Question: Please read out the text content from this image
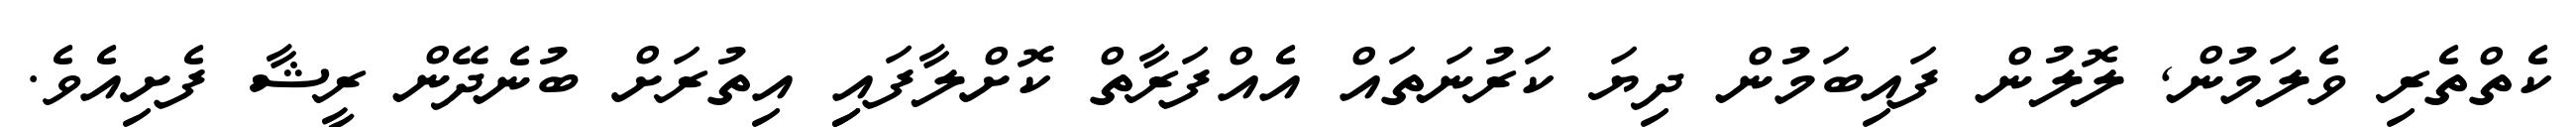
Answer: ކެތްތެރި ވެލަމުން, ލޮލުން ފައިބަމުން ދިޔަ ކަރުނަތައް އެއްފަރާތް ކޮށްލާފައިި އިތުރަށް ބުނެދޭން ރީޝާ ފެށިއެވެ.